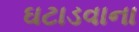
ઘટાડવાના